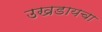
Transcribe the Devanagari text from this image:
उखडायचा